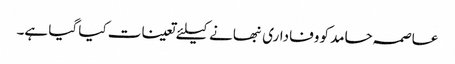
عاصمہ حامد کو وفاداری نبھانے کیلئے تعینات کیا گیا ہے۔